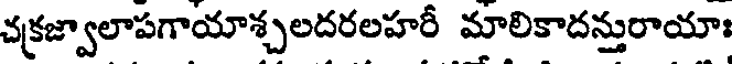
చక్రజ్వాలాపగాయాశ్చలదరలహరీ మాలికాదన్తురాయాః